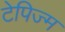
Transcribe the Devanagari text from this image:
टेपिज्म